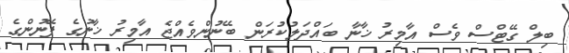
ބިލް ގޭޓްސް ވެސް އާމިރު ޚާނާ ބައްދަލުކުރަން ބޭނުންވެއްޖެ އާމިރު ޚާނުގެ ފޭނުންގެ